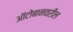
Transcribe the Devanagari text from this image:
ऑटोबानवरील